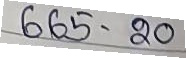
665 - 20